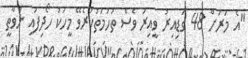
"އެ މަރަށް 48 ގަޑިއިރު ވީއިރު ވެސް ތުހުމަތުކުރެވޭ މީހަކު ހޯދިފައި ނުވާތީ